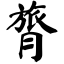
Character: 膂